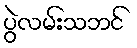
ပွဲလမ်းသဘင်